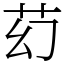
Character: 䒛